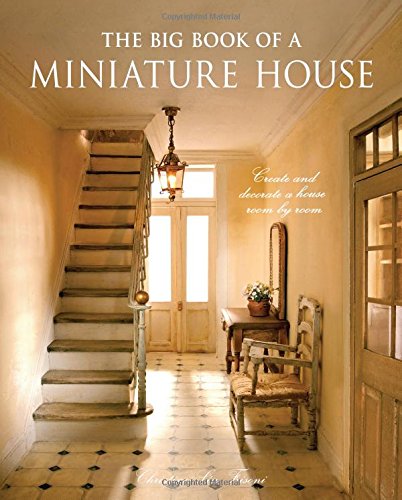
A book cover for The Big Book of a Miniature House: Create and decorate a house room by room; Christine-Lea Frisoni; Crafts, Hobbies & Home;